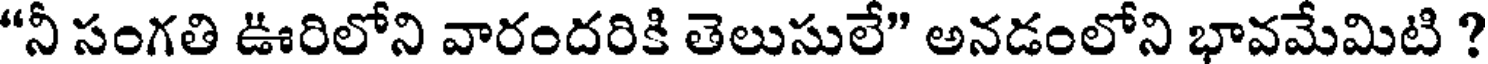
"నీ సంగతి ఊరిలోని వారందరికి తెలుసులే" అనడంలోని భావమేమిటి ?